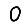
Digit: 0